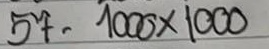
57 = 1000 x 1000